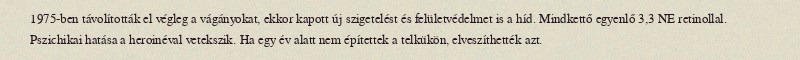
1975-ben távolították el végleg a vágányokat, ekkor kapott új szigetelést és felületvédelmet is a híd. Mindkettő egyenlő 3,3 NE retinollal. Pszichikai hatása a heroinéval vetekszik. Ha egy év alatt nem építettek a telkükön, elveszíthették azt.